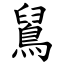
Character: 䳔